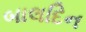
બાલદિન